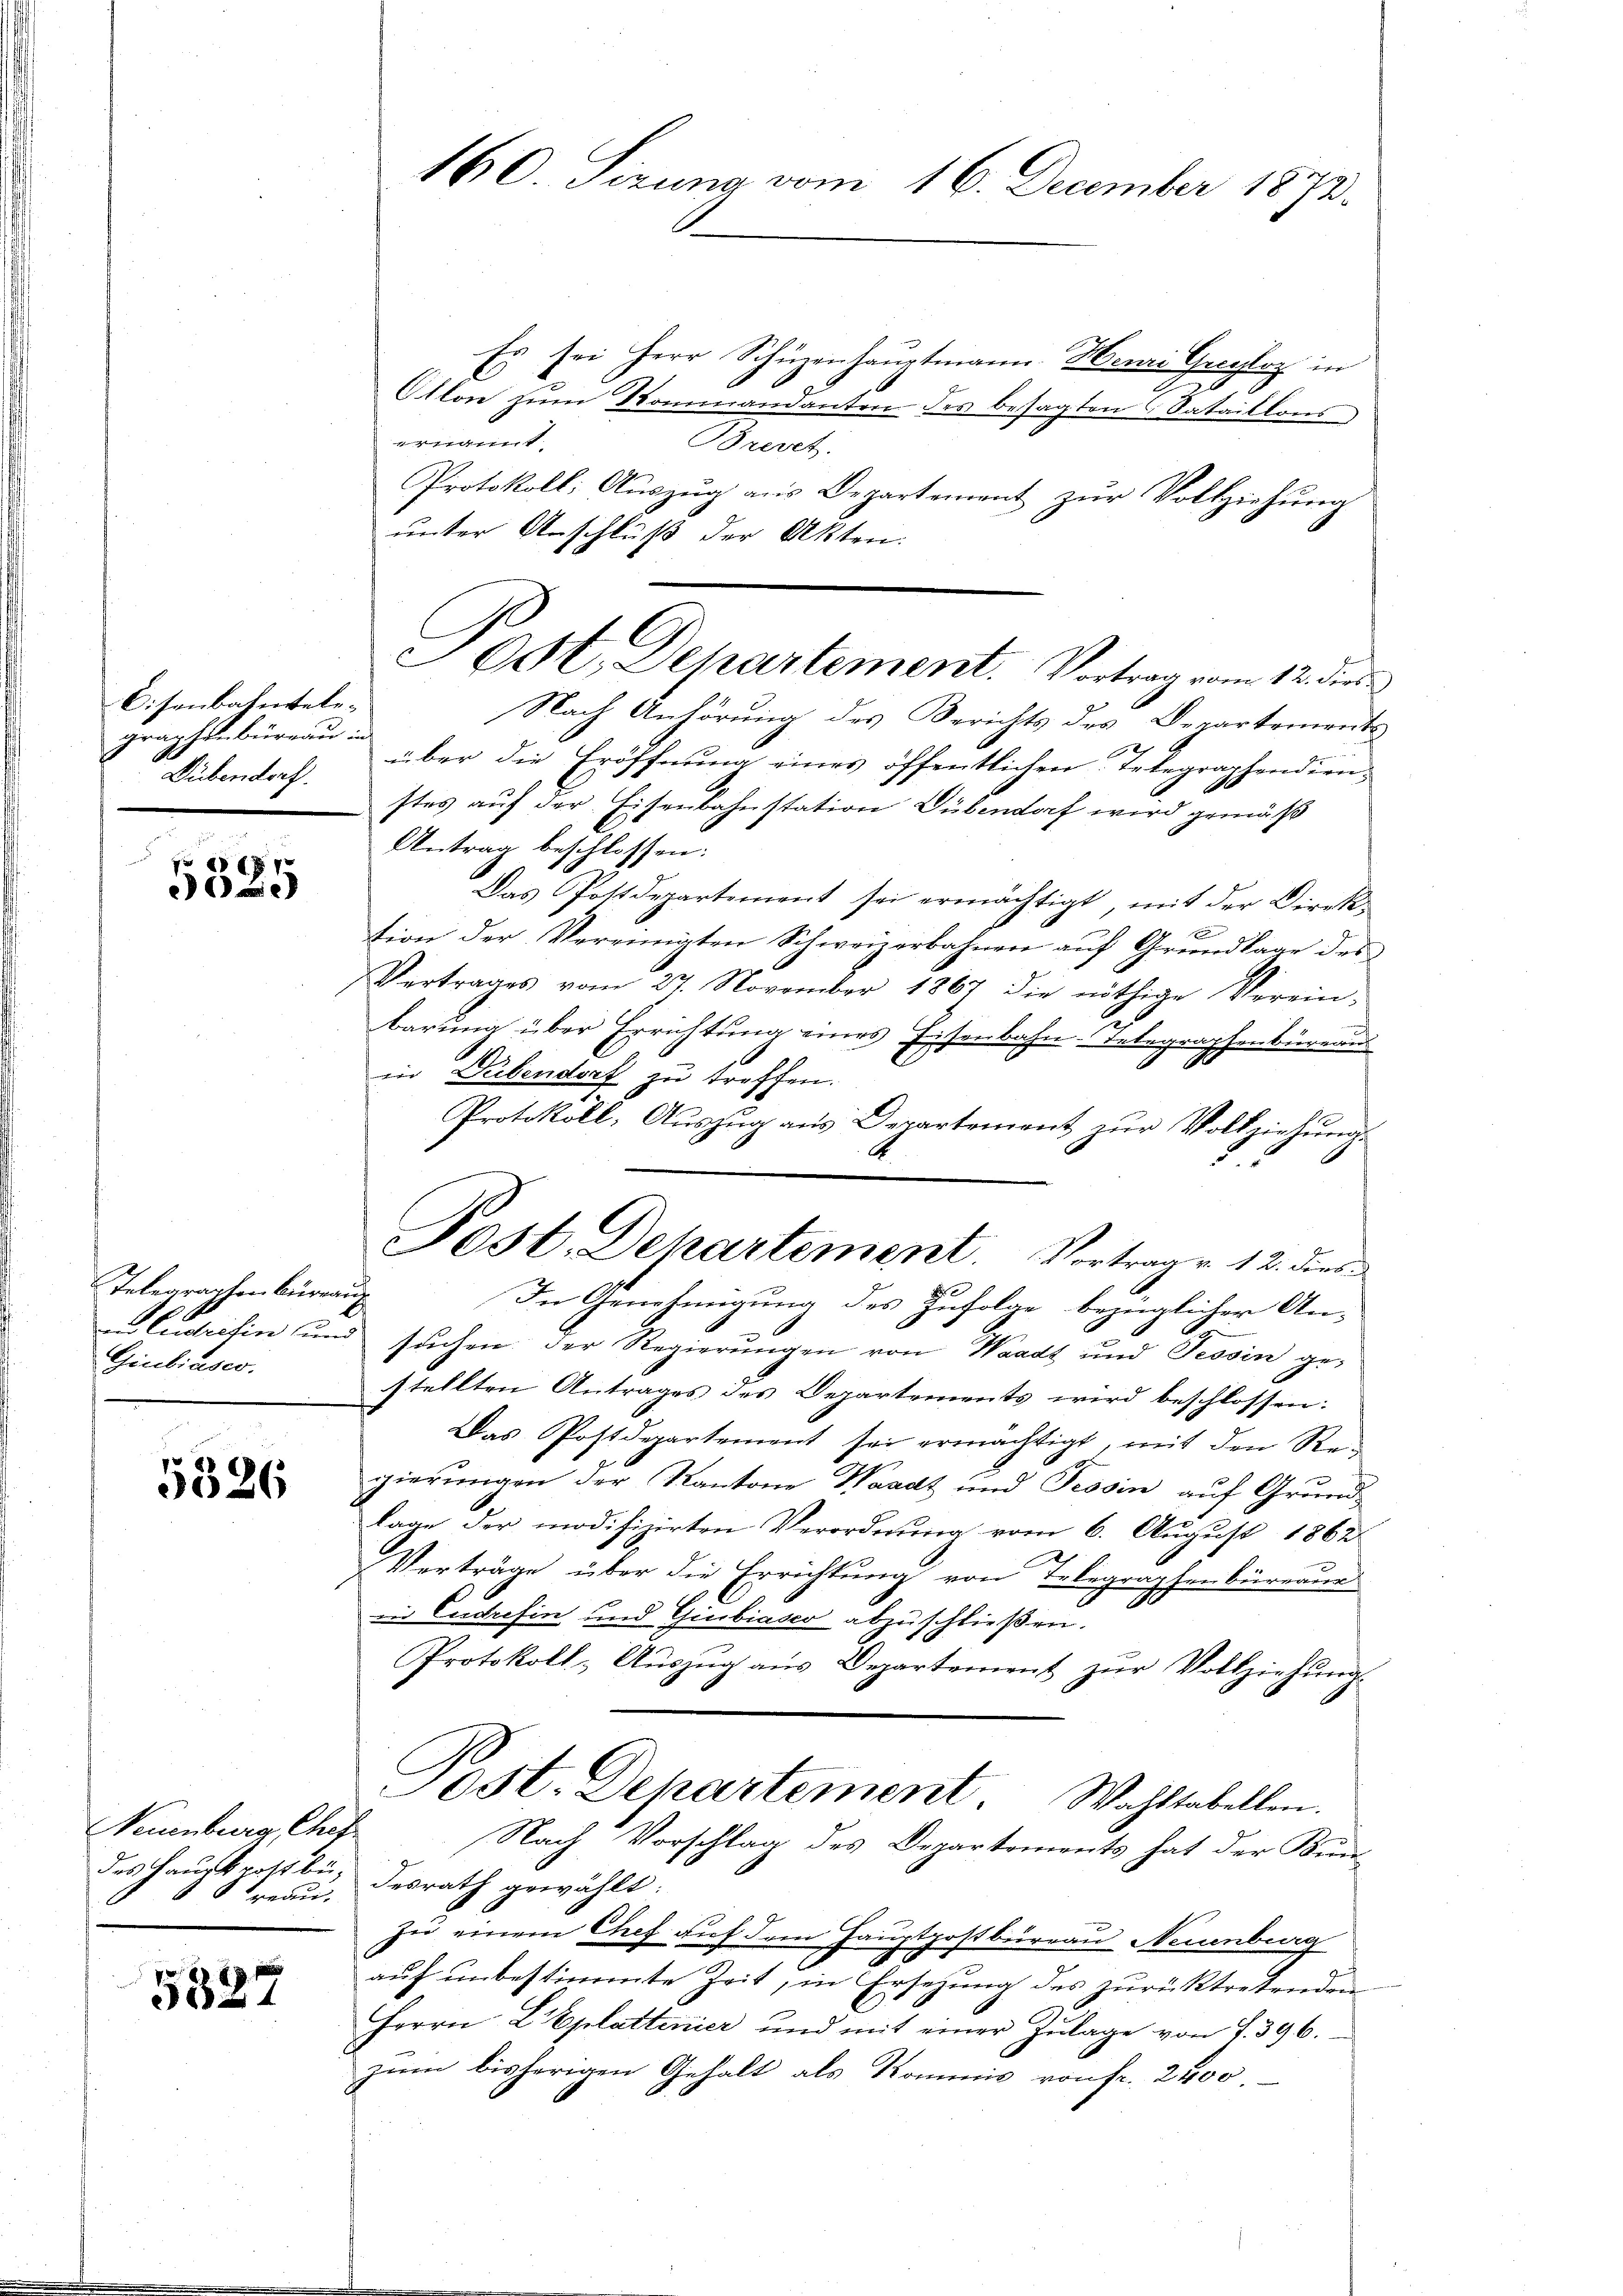
Cisenbahntelegraphenbüreau in
Dübendoch

8
)

Telegraphenbüreau
Giubiase.

5326

Neuenburg, Cher
des Hauptpost bei,
1 Treau.

5527

160. Sizung vom 16. December 1873.

Es sei Herr Schüzenhauptmann Honi Greyloz in
E
Otlon zum Kommandanten des besagten Sataillons
ernannt
Brevet.
Protokoll; Auszug aus Departement zur Vollziehung
unter Anschluß der Akten:
Nach Anhörung des Berichts des Departements
2
über die Eröffnung eines öffentlichen Telegraphendien-
stes auf der Eisenbahnstation Dübendorf wird gemäß
Antrag beschlossen:
Das Postdepartement sei ermächtigt, mit der Direk¬
E
tion der Vereinigten Schweizerbahnen auf Grundlage des
Vertrages vom 27. November 1867 die nöthige Verein-
barung über Errichtung eines Eisenbahn-Telegraphenbüreau
in Dübendort zu treffen.
Protokoll, Aŭszŭg aŭs Departement zŭr Vollziehung
d
In Genehmigung des Zufolge bezüglicher An-
Hludrefin und suchen der Regierungen von Waadt und Tessin ge-
stellten Antrages des Departements wird beschlossen:
Das Postdepartement sei ermächtigt, mit den Regierungen der Kantone Waadt und Tessin auf Grundlage der modifizirten Verordnung vom 6. August 1862
Verträge über die Errichtung von Telegraphenbürerun
in Ludrefin und Giubiasco abzuschließen.
Protokoll- Aŭszŭg aŭs Departement zŭr Vollziehŭng
Jost. Departement Wahltabellen.
Nach Vorschlag des Departements hat der Kundesrath gewählt:
zu einem Chef auf dem Hauptpostbürrau Neuenburg
auf unbestimmte Zeit, in Ersetzung des zurücktretenden
Herrn L Eplattenier und mit einer Zŭlage von S. 396.
zŭm bisherigen Gehalt als Kommis von fr. 2400.

Post, Departement. Vortrag vom 12. der

Post. Dehartement. Vortrage 12. dies